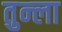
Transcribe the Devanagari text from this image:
तुन्ला